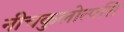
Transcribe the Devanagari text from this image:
नीचकुलोत्पत्ति